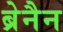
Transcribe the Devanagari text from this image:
ब्रेनैन